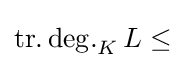
\operatorname {tr.deg.} _{K}L\leq